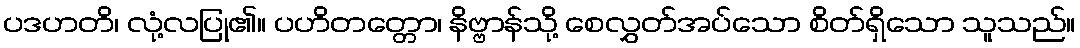
ပဒဟတိ၊ လုံ့လပြု၏။ ပဟိတတ္တော၊ နိဗ္ဗာန်သို့ စေလွှတ်အပ်သော စိတ်ရှိသော သူသည်။